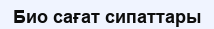
Био сағат сипаттары